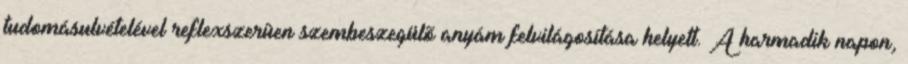
tudomásulvételével reflexszerûen szembeszegülõ anyám felvilágosítása helyett. A harmadik napon,